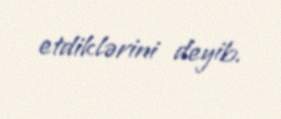
etdiklərini deyib.